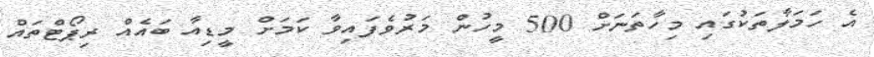
އެ ހަމަލާތަކުގައި މިހާތަނަށް 500 މީހުން މަރުވެފައިވާ ކަމަށް މީޑިއާ ބައެއް ރިޕޯޓްތައް